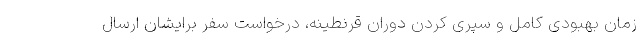
زمان بهبودی کامل و سپری کردن دوران قرنطینه، درخواست سفر برایشان ارسال